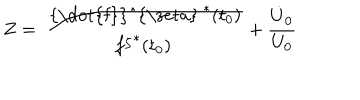
LaTeX: Z = \frac { \mathrm { ~ { \dot { f } } ^ { \ z e t a } ~ } ^ { * } ( t _ { 0 } ) } { { f ^ { \zeta } } ^ { * } ( t _ { 0 } ) } + \frac { \dot { U } _ { 0 } } { U _ { 0 } }